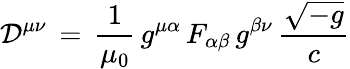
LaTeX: {\mathcal{D}}^{\mu\nu}\, =\, {\frac{1}{\mu_{0}}}\, g^{\mu\alpha}\, F_{\alpha\beta}\, g^{\beta\nu}\, {\frac{\sqrt{-g}}{c}}